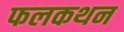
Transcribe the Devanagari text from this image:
फलकथन